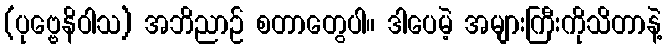
(ပုဗ္ဗေနိဝါသ) အဘိညာဉ် စတာတွေပါ။ ဒါပေမဲ့ အများကြီးကိုသိတာနဲ့